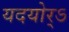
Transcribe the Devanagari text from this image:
यदयोर्ऽ